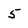
Character: 5